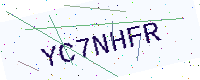
Text: YC7NHFR